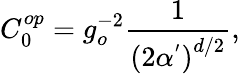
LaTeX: C_{0}^{op}=g_{o}^{-2}\frac{1}{\left(2\alpha^{^{\prime}}\right)^{d/2}},